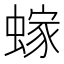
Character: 𫋕